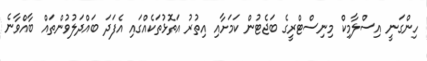
ހިންގަނީ އިސްލާމިކް މިނިސްޓްރީގެ ބަޖެޓުން ކަމަށާއި އިތުރު އަތޮޅުތަކެއްގައި އެފަދަ ބައްދަލުވުންތައް ބާއްވާނެ